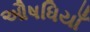
ઔષધિયાઁ